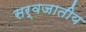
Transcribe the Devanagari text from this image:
सर्वजातीय